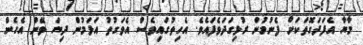
މާޔާ އެފަދަގޮތަކަށް ފެނުމުން ރުޅިގަދަވެފައެވެ. އެހިތުގައިވެސް އެވަގުތު އަޅަމުން ދިޔަ ވޭން އެހެން